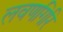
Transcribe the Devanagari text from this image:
लवणगिरि